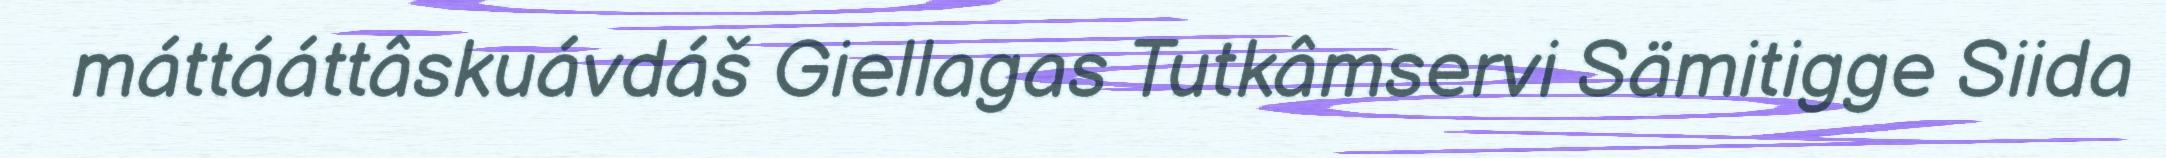
máttááttâskuávdáš Giellagas Tutkâmservi Sämitigge Siida